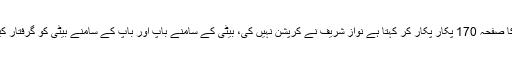
نیب کا صفحہ 170 پکار پکار کر کہتا ہے نواز شریف نے کرپشن نہیں کی، بیٹی کے سامنے باپ اور باپ کے سامنے بیٹی کو گرفتار کیا گیا۔